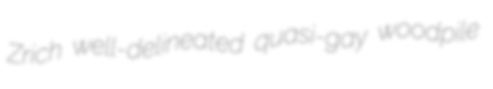
Zrich well-delineated quasi-gay woodpile